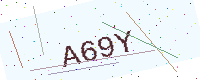
Text: A69Y